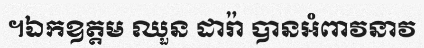
។ឯកឧត្តម ឈួន ដារ៉ា បានអំពាវនាវ